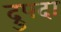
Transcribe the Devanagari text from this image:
द्रुपदा